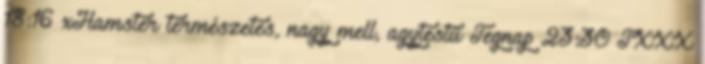
18:16 xHamster természetes, nagy mell, agytestű Tegnap 23:30 TXXX